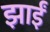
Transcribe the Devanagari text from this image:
झाईं